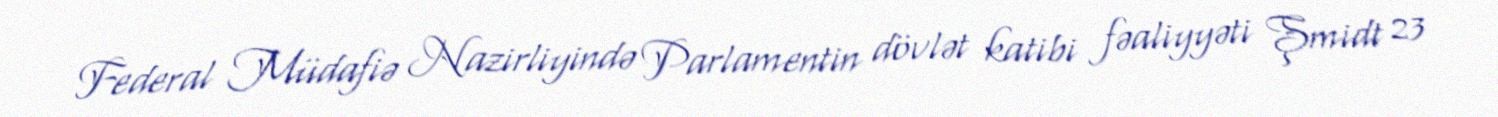
Federal Müdafiə Nazirliyində Parlamentin dövlət katibi fəaliyyəti Şmidt 23